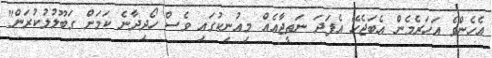
އެހެންވެ އަހަރެމެން އެބަޖެހޭ އެފަދަ ނަތީޖާއެއް މިއުނިކުގައި ވެސް ހޯދިދާނެ ކަމަށް ގަބޫލުލުކުރަން"